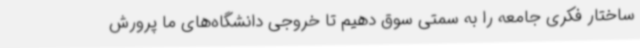
ساختار فکری جامعه را به سمتی سوق دهیم تا خروجی دانشگاه‌های ما پرورش